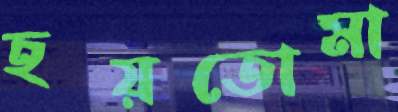
হয়তোমা